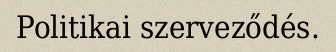
Politikai szerveződés.